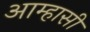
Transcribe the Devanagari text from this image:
आम्हासी